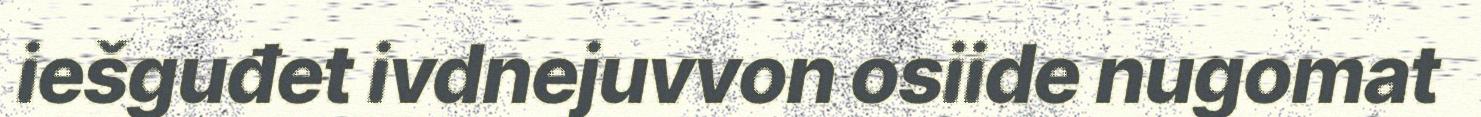
iešguđet ivdnejuvvon osiide nugomat